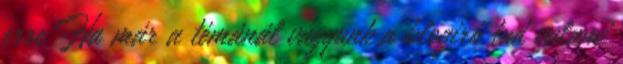
erre Ha már a témánál vagyunk,a blogíró tud valami